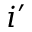
i ^ { \prime }